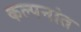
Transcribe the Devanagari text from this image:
कल्पनांत